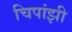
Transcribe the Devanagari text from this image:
चिपांझी